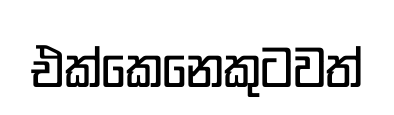
එක්කෙනෙකුටවත්